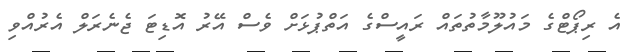
އެ ރިޕޯޓްގެ މައުލޫމާތުތައް ރައީސްގެ އަތްޕުޅަށް ވެސް އޭރު އޮޑިޓަ ޖެނެރަލް އެރުއްވި